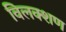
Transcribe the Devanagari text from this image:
विलक्शण